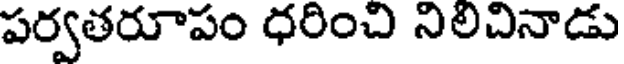
పర్వతరూపం ధరించి నిలిచినాడు